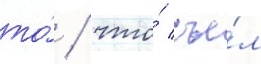
то́ / что́ съе́л